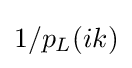
1/p_{L}(ik)